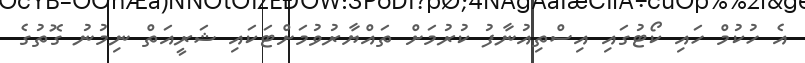
އެ ހުކުމް ހައި ކޯޓުގައި އިސްތިއުނާފު ކުރުމަށް ތައްޔާރުވުމަށްޓަކައި ޝަރީއަތް ނިމުނު ގޮތުގެ